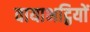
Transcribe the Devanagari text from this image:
वायाभट्ठियों